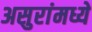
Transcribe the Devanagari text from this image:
असुरांमध्ये